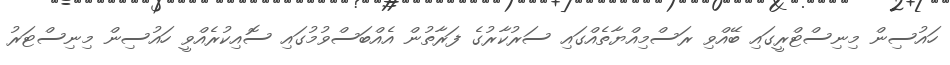
ހައުސިން މިނިސްޓްރީގައި ބޭއްވި ރަސްމިއްޔާތެއްގައި ސަރުކާރުގެ ފަރާތުން އެއްބަސްވުމުގައި ސޮއިކުރެއްވީ ހައުސިން މިނިސްޓަރު